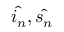
\hat { i _ { n } } , \hat { s _ { n } }